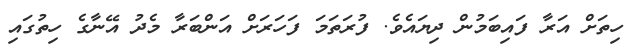
ހިތަށް އަރާ ފައިބަމުން ދިޔައެވެ. ފުރަތަމަ ފަހަރަށް އަންބަރާ މެދު އޭނާގެ ހިތުގައި